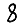
Digit: 8